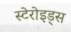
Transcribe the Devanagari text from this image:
स्टेरोइड्स